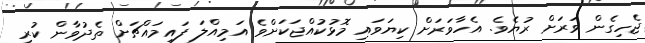
ޖެހިގެން ވަރަށް ރުޔެވެ. އެހާވަރަށް ކިޔަވައި މޮޅުކުއްޖަކަށްވެ އަމިއްލަ ފައިމައްޗަށް ތެދުވާން ކުރި